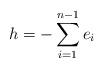
LaTeX: \begin{align*}h=-\sum_{i=1}^{n-1}e_i\end{align*}